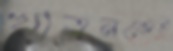
খাতুনকেই